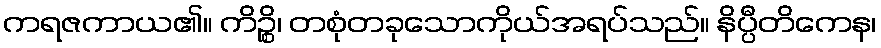
ကရဇကာယ၏။ ကိဉ္စိ၊ တစုံတခုသောကိုယ်အရပ်သည်။ နိပ္ပီတိကေန၊